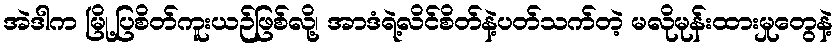
အဲဒါက မြို့ပြစိတ်ကူးယဉ်ဖြစ်လို့၊ အာဒံရဲ့လိင်စိတ်နဲ့ပတ်သက်တဲ့ မလိုမုန်းထားမှုတွေနဲ့